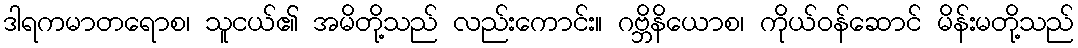
ဒါရကမာတရောစ၊ သူငယ်၏ အမိတို့သည် လည်းကောင်း။ ဂဗ္ဘိနိယောစ၊ ကိုယ်ဝန်ဆောင် မိန်းမတို့သည်